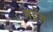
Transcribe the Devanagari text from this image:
महेरू